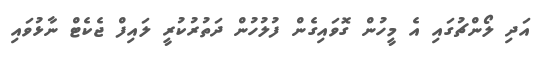
އަދި ލޯންޗުގައި އެ މީހުން ގޮވައިގެން ފުލުހުން ދަތުރުކުރީ ލައިފް ޖެކެޓް ނާޅުވައި